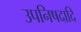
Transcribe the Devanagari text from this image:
उपनिषदादि